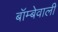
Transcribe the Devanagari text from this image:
बॉम्बेवाली